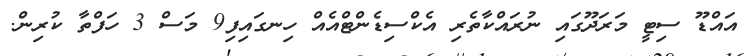
އައްޑޫ ސިޓީ މަރަދޫގައި ނުރައްކާތެރި އެކްސިޑެންޓްއެއް ހިނގައިފި9 މަސް 3 ހަފްތާ ކުރިން.